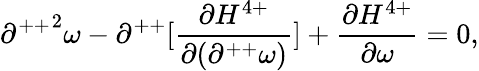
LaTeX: {\partial^{++}}^{2}\omega-\partial^{++}[\frac{\partial H^{4+}}{\partial(\partial^{++}\omega)}]+\frac{\partial H^{4+}}{\partial\omega}=0,